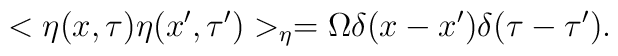
<\eta(x,\tau)\eta(x',\tau')>_{\eta}  =\Omega \delta(x-x')\delta(\tau-\tau').